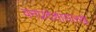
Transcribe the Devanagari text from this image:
वनप्रदेशांसारखे